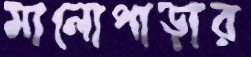
মালোপাড়ার